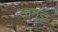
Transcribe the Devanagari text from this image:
सानुज्ञ